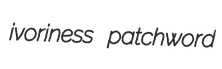
ivoriness patchword